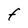
Character: F